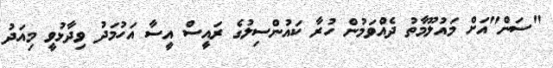
"ސަން"އަށް މައުލޫމާތު ދެއްވަމުން ހުރާ ކައުންސިލުގެ ރައީސް އީސާ އަހުމަދު ވިދާޅުވީ މިއަދު